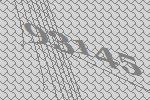
93145